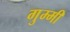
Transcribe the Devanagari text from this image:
गुम्मी